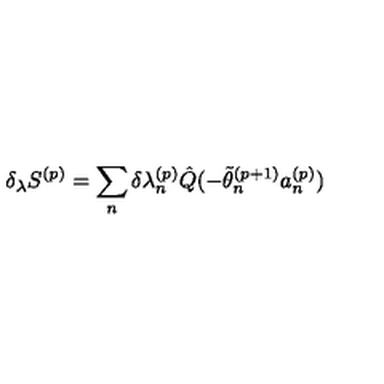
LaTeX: \delta _ { \lambda } S ^ { ( p ) } = \sum _ { n } ^ { } \delta { \lambda _ { n } ^ { ( p ) } } \hat { Q } ( - \tilde { \theta } _ { n } ^ { ( p + 1 ) } a _ { n } ^ { ( p ) } )